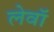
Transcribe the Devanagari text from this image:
लेवॉ